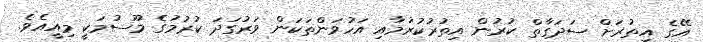
އޭގެ އިތުރަށް ސަދަގާތް ކުރުން އިތުރުކުރުމާއި އަހުވަންތަކަން ވަރުގަދަ ކުރުމުގެ މޫސުމަކީ މިއީއެވެ.